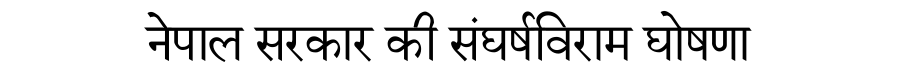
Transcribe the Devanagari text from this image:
नेपाल सरकार की संघर्षविराम घोषणा